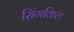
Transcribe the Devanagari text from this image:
सिंगकिल